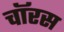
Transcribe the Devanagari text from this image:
चॉरस